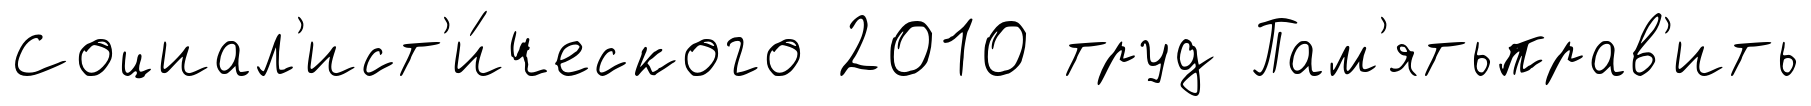
Социал'ист'и́ческого 2010 труд Пам'ятьправ'ить